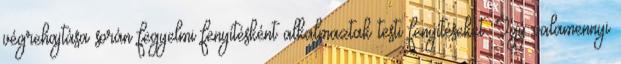
végrehajtása során fegyelmi fenyítésként alkalmaztak testi fenyítéseket. Így valamennyi